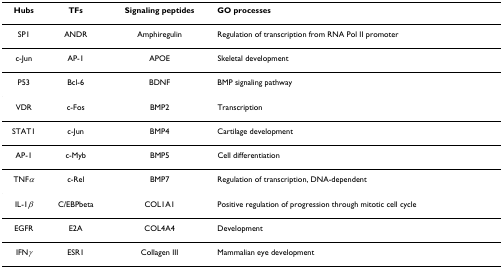
<table><thead><tr><td><b>Hubs</b></td><td><b>TFs</b></td><td><b>Signaling peptides</b></td><td><b>GO processes</b></td></tr></thead><tbody><tr><td>SP1</td><td>ANDR</td><td>Amphiregulin</td><td>Regulation of transcription from RNA Pol II promoter</td></tr><tr><td>c-Jun</td><td>AP-1</td><td>APOE</td><td>Skeletal development</td></tr><tr><td>P53</td><td>Bcl-6</td><td>BDNF</td><td>BMP signaling pathway</td></tr><tr><td>VDR</td><td>c-Fos</td><td>BMP2</td><td>Transcription</td></tr><tr><td>STAT1</td><td>c-Jun</td><td>BMP4</td><td>Cartilage development</td></tr><tr><td>AP-1</td><td>c-Myb</td><td>BMP5</td><td>Cell differentiation</td></tr><tr><td>TNF<i>α</i></td><td>c-Rel</td><td>BMP7</td><td>Regulation of transcription, DNA-dependent</td></tr><tr><td>IL-1<i>β</i></td><td>C/EBPbeta</td><td>COL1A1</td><td>Positive regulation of progression through mitotic cell cycle</td></tr><tr><td>EGFR</td><td>E2A</td><td>COL4A4</td><td>Development</td></tr><tr><td>IFN<i>γ</i></td><td>ESR1</td><td>Collagen III</td><td>Mammalian eye development</td></tr></tbody></table>